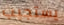
يستجيب